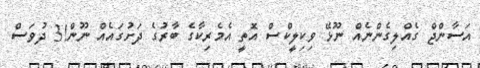
އަސާންޖް ގެއްލިގެންނެއް ނޫޅޭ ވިކިލީކްސް އޮތީ އެމެރިކާގެ ބާރުގެ ދަށުގައެއް ނޫން!3 ދުވަސް